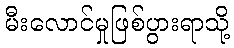
မီးလောင်မှုဖြစ်ပွားရာသို့